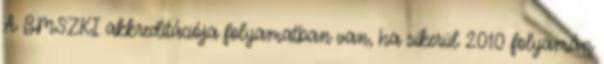
A BMSZKI akkreditációja folyamatban van, ha sikerül 2010 folyamán